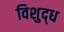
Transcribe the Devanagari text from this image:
विशुद्‍ध